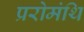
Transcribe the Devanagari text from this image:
प्ररोमंथि